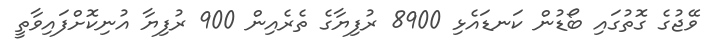
ވޭޖުގެ ގޮތުގައި ބޯޑުން ކަނޑައެޅި 8900 ރުފިޔާގެ ތެރެއިން 900 ރުފިޔާ އުނިކޮށްފައިވާތީ